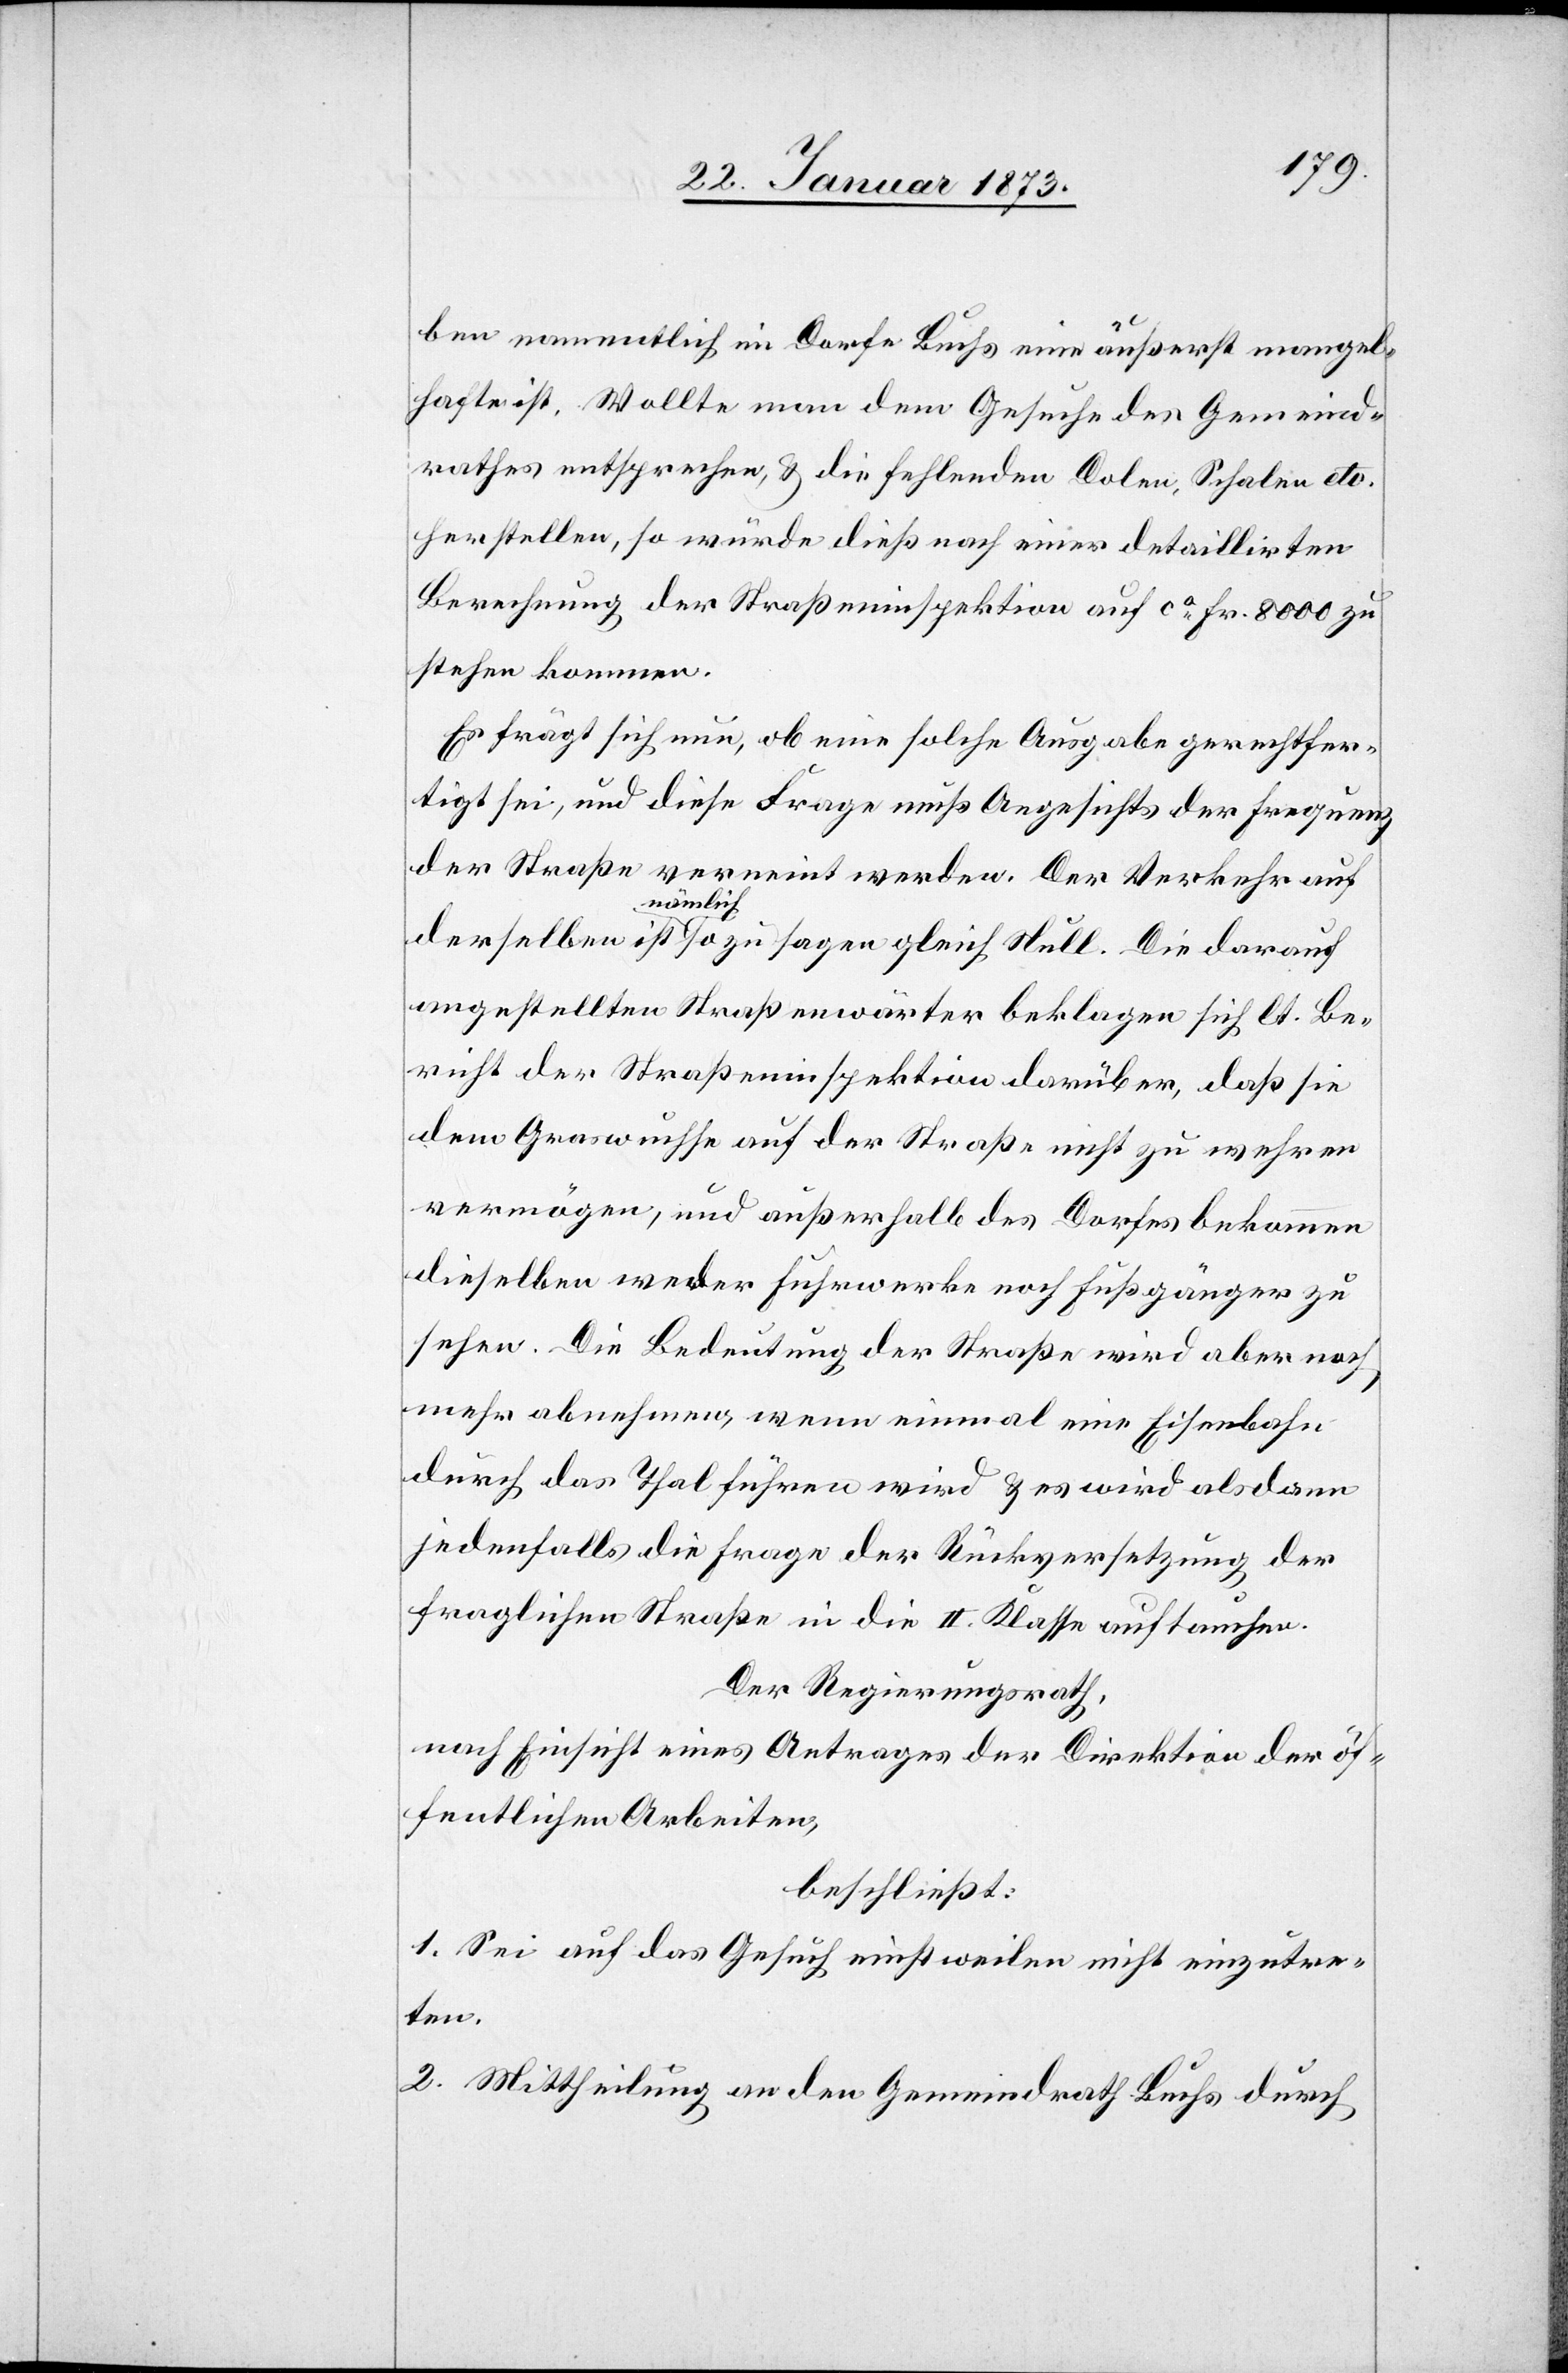
ben namentlich im Dorfe Buchs eine äußerst mangel¬
hafte ist. Wollte man dem Gesuche des Gemeind¬
rathes entsprechen, u. die fehlenden Dolen, Schalen etc.
herstellen, so würde dieß nach einer detaillirten
Berechnung der Straßeninspektion auf ca. Fr. 8000 zu
stehen kommen.
Es frägt sich nun, ob eine solche Ausgabe gerechtfer¬
tigt sei, und diese Frage muß Angesichts der Frequenz
der Straße verneint werden. Der Verkehr auf
derselben ist nämlich sozusagen gleich Null. Die darauf
angestellten Straßenwärter beklagen sich lt. Be¬
richt der Straßeninspektion darüber, daß sie
dem Graswuchse auf der Straße nicht zu wehren
vermögen, und außerhalb des Dorfes bekommen
dieselben weder Fuhrwerke noch Fußgänger zu
sehen. Die Bedeutung der Straße wird aber noch
mehr abnehmen, wenn einmal eine Eisenbahn
durch das Thal führen wird u. es wird alsdann
jedenfalls die Frage der Rückversetzung der
fraglichen Straße in die II. Klasse auftauchen.
Der Regierungsrath,
nach Einsicht eines Antrages der Direktion der öf¬
fentlichen Arbeiten,
beschließt:
1. Sei auf das Gesuch einstweilen nicht einzutre¬
ten.
2. Mittheilung an den Gemeindrath Buchs durch